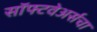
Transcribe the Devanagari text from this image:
सॉफ्टवेअर्सचा